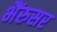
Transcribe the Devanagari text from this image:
भैंरुसर